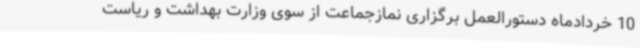
10 خردادماه دستورالعمل برگزاری نمازجماعت از سوی وزارت بهداشت و ریاست